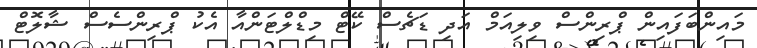
މައިންބަފައިން ޕްރިންސް ވިލިއަމް އަދި ޑަޗެސް ކޭޓް މިޑްލްޓަންއާ އެކު ޕްރިންސެސް ޝާލޮޓް